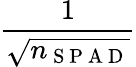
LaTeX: \frac{1}{\sqrt{n_{\mathrm{~S~P~A~D~}}}}